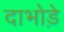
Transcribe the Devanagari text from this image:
दाभोड़े